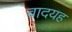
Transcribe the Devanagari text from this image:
बादयह